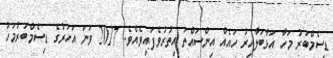
ޑިސެމްބަރު މަހާ އަޅާބަލާއިރު ހައެެއް އިންސައްތަ އިތުރުވެފައިވެއެވެ. 2017 ވަނަ އަހަރުގެ ޑިސެމްބަރުމަހު